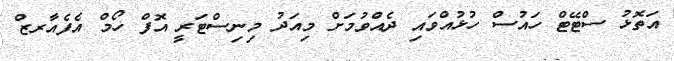
އަތޮޅު ސްޓޭޓް ހައުސް ހުޅުއްވައި ދެއްުވުމަށް މިއަދު މިނިސްޓަރީ އޮފް ހޯމް އެފެއާރޒް